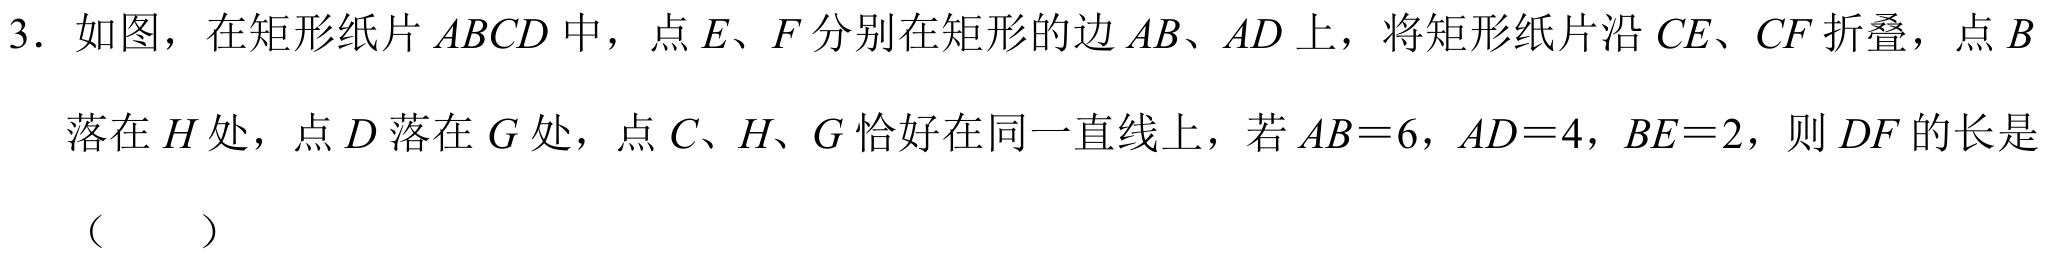
3. 如图，在矩形纸片\(ABCD\)中，点\(E、F\)分别在矩形的边\(AB、AD\)上，将矩形纸片沿\(CE、CF\)折叠，点\(B\)落在\(H\)处，点\(D\)落在\(G\)处，点\(C、H、G\)恰好在同一直线上，若\(AB = 6\)，\(AD = 4\)，\(BE = 2\)，则\(DF\)的长是（  ）